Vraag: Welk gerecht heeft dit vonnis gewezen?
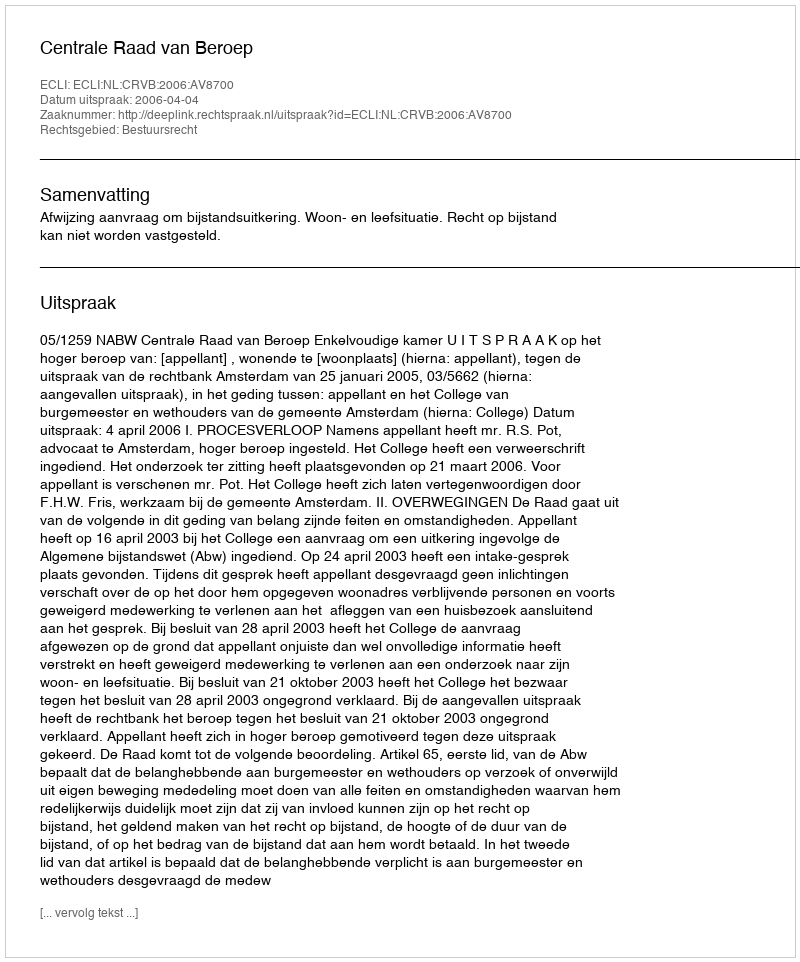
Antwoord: Centrale Raad van Beroep